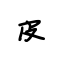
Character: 皮